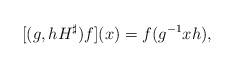
LaTeX: \begin{align*}[(g,hH^\sharp)f](x) = f(g^{-1}xh),\end{align*}